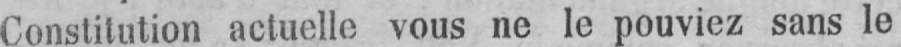
Constitution actuelle vous ne le pouviez sans le